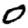
Digit: 0